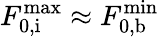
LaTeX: F_{\mathrm{0,i}}^{\mathrm{max}}\approx F_{\mathrm{0,b}}^{\mathrm{min}}